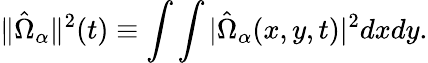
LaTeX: \| \hat{\Omega}_{\alpha}\| ^{2}(t)\equiv\int\int|\hat{\Omega}_{\alpha}(x,y,t)|^{2}dxdy.